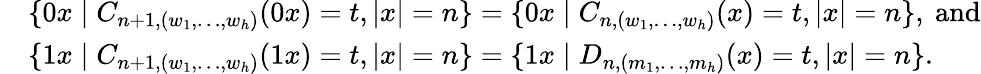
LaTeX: \begin{array}{rl}&{\{ 0x\mid C_{n+1,(w_{1},\ldots,w_{h})}(0x)=t,|x|=n\} =\{ 0x\mid C_{n,(w_{1},\ldots,w_{h})}(x)=t,|x|=n\} ,\mathrm{~and}}\\ &{\{ 1x\mid C_{n+1,(w_{1},\ldots,w_{h})}(1x)=t,|x|=n\} =\{ 1x\mid D_{n,(m_{1},\ldots,m_{h})}(x)=t,|x|=n\} .}\end{array}